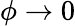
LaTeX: \phi\rightarrow 0